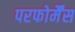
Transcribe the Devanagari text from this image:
परफोर्मैंस